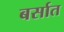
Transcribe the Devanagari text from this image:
बर्सात